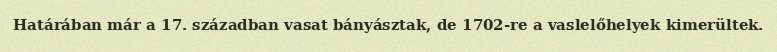
Határában már a 17. században vasat bányásztak, de 1702-re a vaslelőhelyek kimerültek.